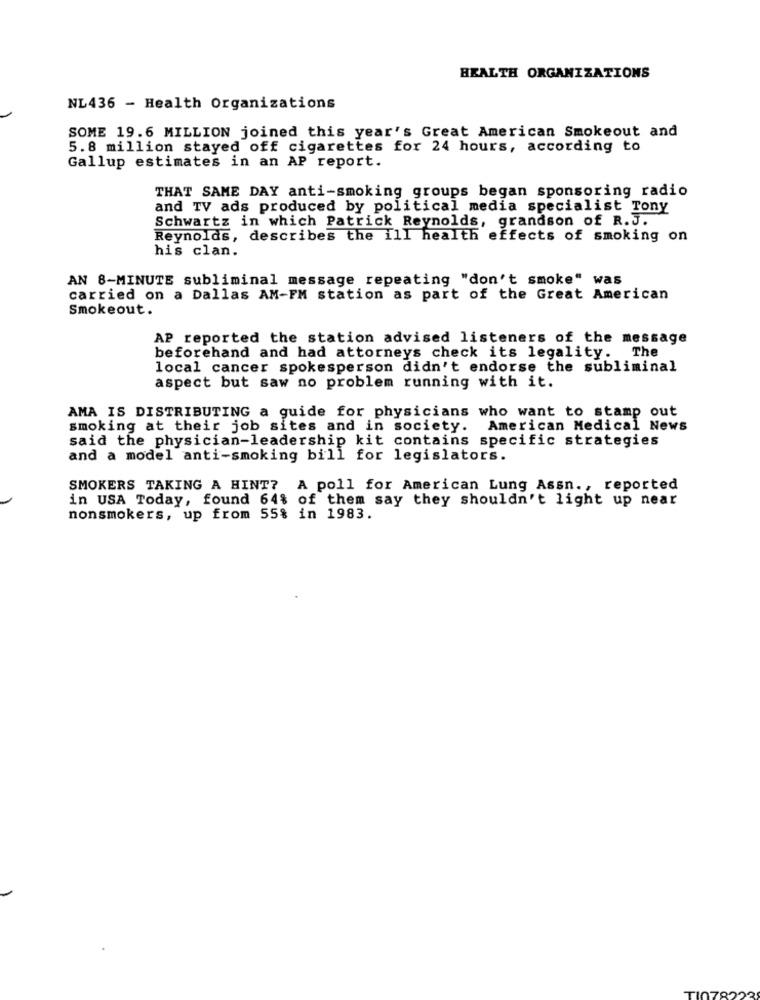
HEALTH ORGANIZATIONS
NL436 - Health Organizations
SOME 19.6 MILLION joined this year's Great American Smokeout and
5.8 million stayed off cigarettes for 24 hours, according to
Gallup estimates in an AP report.
THAT SAME DAY anti-smoking groups began sponsoring radio
and TV ads produced by political media specialist Tony
Schwartz in which Patrick Reynolds, grandson of R.J.
Reynolds, describes the ill health effects of smoking on
his clan.
AN 8-MINUTE subliminal message repeating "don't smoke" was
carried on a Dallas AM-FM station as part of the Great American
Smokeout.
AP reported the station advised listeners of the message
beforehand and had attorneys check its legality. The
local cancer spokesperson didn't endorse the subliminal
aspect but saw no problem running with it.
AMA IS DISTRIBUTING a guide for physicians who want to stamp out
smoking at their job sites and in society. American Medical News
said the physician-leadership kit contains specific strategies
and a model anti-smoking bill for legislators.
SMOKERS TAKING A HINT? A poll for American Lung Assn ., reported
in USA Today, found 64% of them say they shouldn't light up near
nonsmokers, up from 55% in 1983.